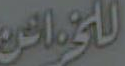
اللونان